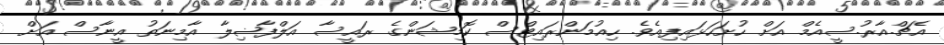
އެޗް.އާރު.ސީއެމް އަށް ހުށަހަޅައިފިއެވެ. ހިއުމަންރައިޓްސް ކޮމިޝަންގެ ރައީސާ އަލްފާޟިލާ އާމިނަތު އީނާސް އަށް